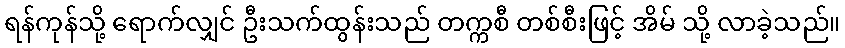
ရန်ကုန်သို့ ရောက်လျှင် ဦးသက်ထွန်းသည် တက္ကစီ တစ်စီးဖြင့် အိမ် သို့ လာခဲ့သည်။